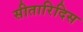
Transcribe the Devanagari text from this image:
सीतारिदिस